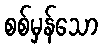
စစ်မှန်သော